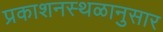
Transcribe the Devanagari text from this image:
प्रकाशनस्थळानुसार